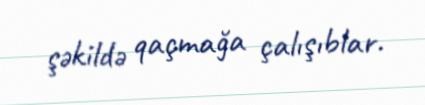
şəkildə qaçmağa çalışıblar.